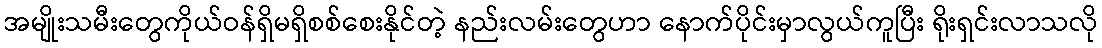
အမျိုးသမီးတွေကိုယ်ဝန်ရှိမရှိစစ်စေးနိုင်တဲ့ နည်းလမ်းတွေဟာ နောက်ပိုင်းမှာလွယ်ကူပြီး ရိုးရှင်းလာသလို